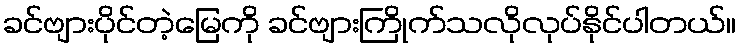
ခင်ဗျားပိုင်တဲ့မြေကို ခင်ဗျားကြိုက်သလိုလုပ်နိုင်ပါတယ်။